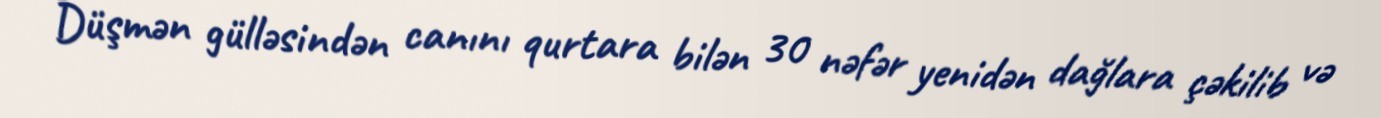
Düşmən gülləsindən canını qurtara bilən 30 nəfər yenidən dağlara çəkilib və